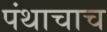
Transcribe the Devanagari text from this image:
पंथाचाच